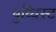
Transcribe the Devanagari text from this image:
बुध्धिस्ट